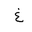
Letter: _gayn